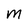
Character: M